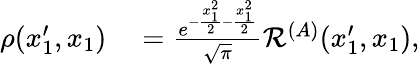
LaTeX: \begin{array}{rl}{\rho(x_{1}^{\prime},x_{1})}&{{}=\frac{e^{-\frac{x_{1}^{2}}{2}-\frac{x_{1}^{2}}{2}}}{\sqrt{\pi}}\mathcal{R}^{(A)}(x_{1}^{\prime},x_{1}),}\end{array}